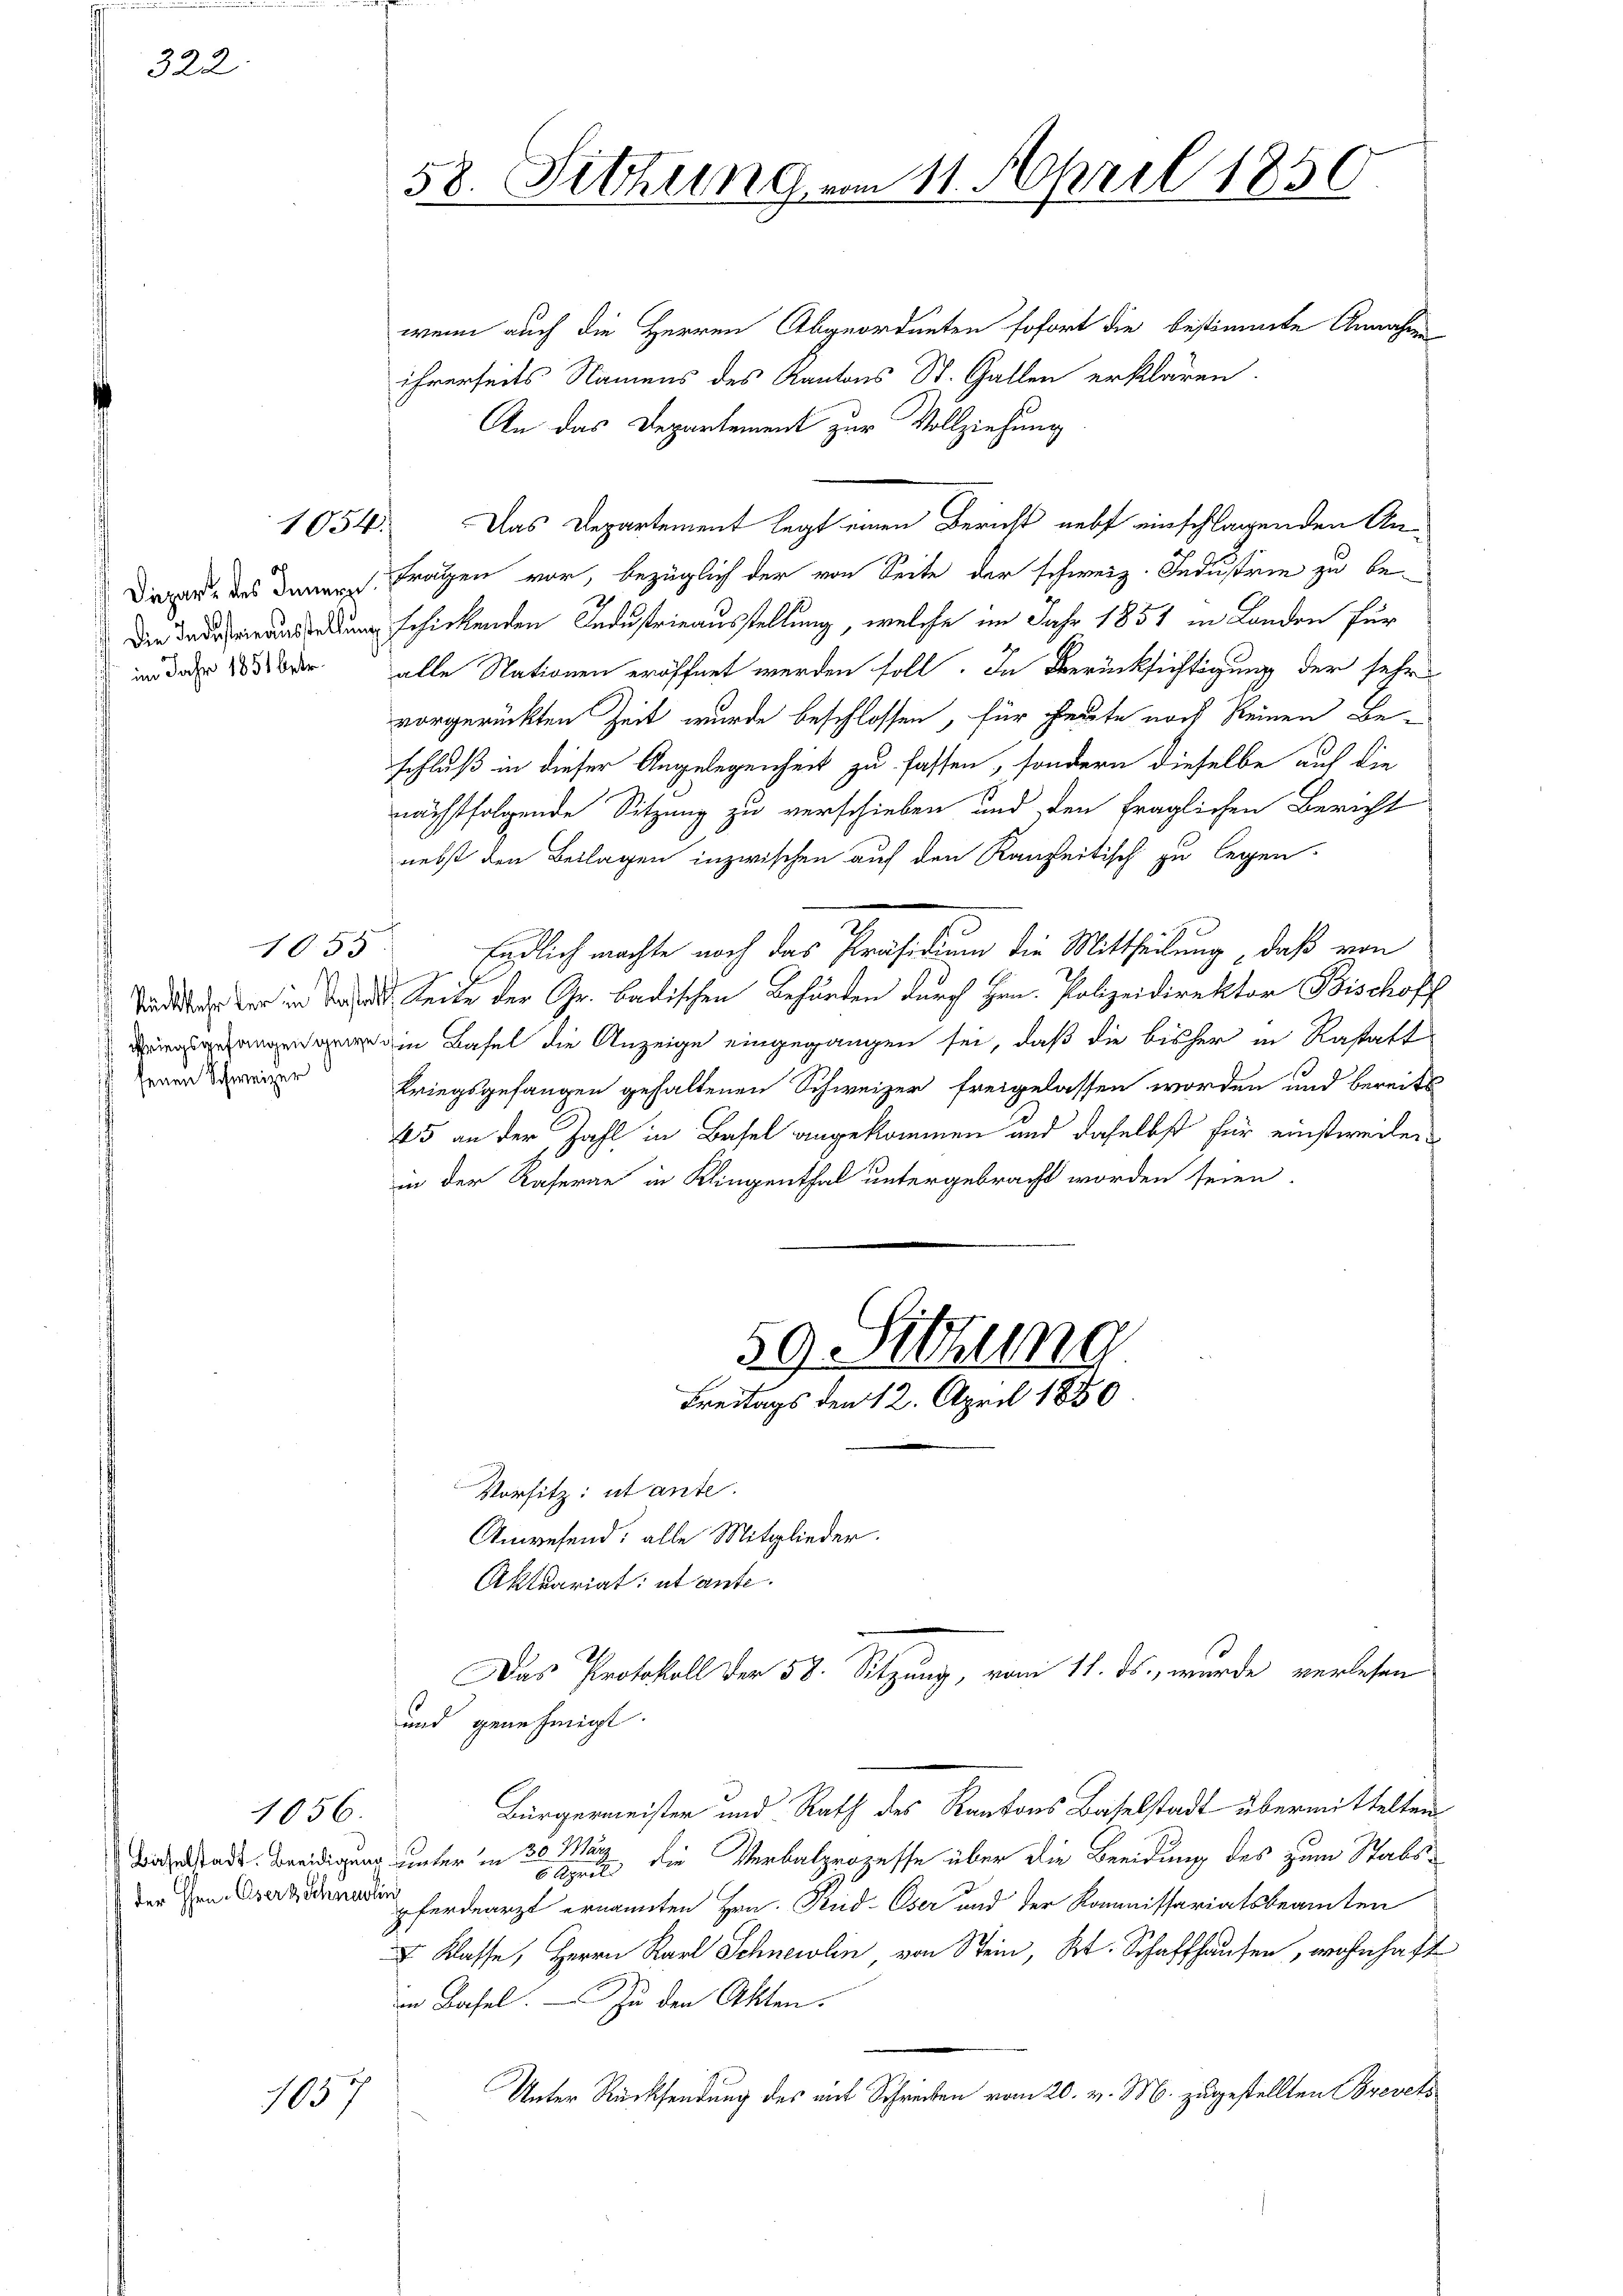
322

Rückkehr der in Koster
senen Schweizer

1054.

Bichelstadt. Beeidigung unter in 30. Marz
der Hrn. Oser Schnen

1056.

057

58. Sitzung am 11. April 1850

wenn auch die Herren Abgeordneten sofort die bestimmte Annahme
ihrerseits Namens des Kantons St. Gallen erklären.
An das Departement zur Vollziehung
Dieser des dann Fragen vor, bezüglich der von Seite der schweiz. Industrie zu be¬
 schickenden Industrieausstellung, welche im Jahr 1857 in Landen für
in das 183 der alle Nationen eröffnet werden soll. In Berücksichtigung der sehr
vorgerückten Zeit wurde beschlossen, für heute noch keinen Beschluß in dieser Angelegenheit zu fassen, sondern dieselbe auf die
nächstfolgende Sitzung zu verschieben und den fraglichen Bericht
nebst den Beilagen inzwischen auf den Kanzeitisch zu legen.
1055 Endlich machte noch das Präsidium die Mittheilung, daß von
d Seite der Gr. Badischen Behörden durch Hrn. Polizeidirektor Bischoff
in Basel die Anzeige eingegangen sei, daß die bisher in Rastatt
kriegsgefangen gehaltenen Schweizer freigelassen worden und bereits
45 an der Zahl in Basel angekommen und daselbst für einstweilen
in der Kaserne in Klingenthal untergebracht worden seien.

.
und genehmigt.

59. Sitzung
Freitags den 12. April 1880.

Vorsitz: utante.
Anwesend: alle Mitglieder.
Aktuariat et ante
Das Protokoll der 58. Sitzung, vom 11. ds., wurde verlesen

Das Departement legt einen Bericht nebst einschlagenden An¬

Bürgermeister und Rath des Kantons Baselstadt übermittelten

5 April die Verbalprozesse über die Beeidung des zum Stabs-
pferdearzt ernannten Hrn. Rud. Oser und der Kommissariatsbeamten
 Klasse, Herrn Karl Schneelin von Stein, Kt. Schaffhausen, wohnhaft
in Basel.  Zu den Akten.
Unter Rücksendung des mit Schreiben vom 20. v. M. zugestellten Brevets